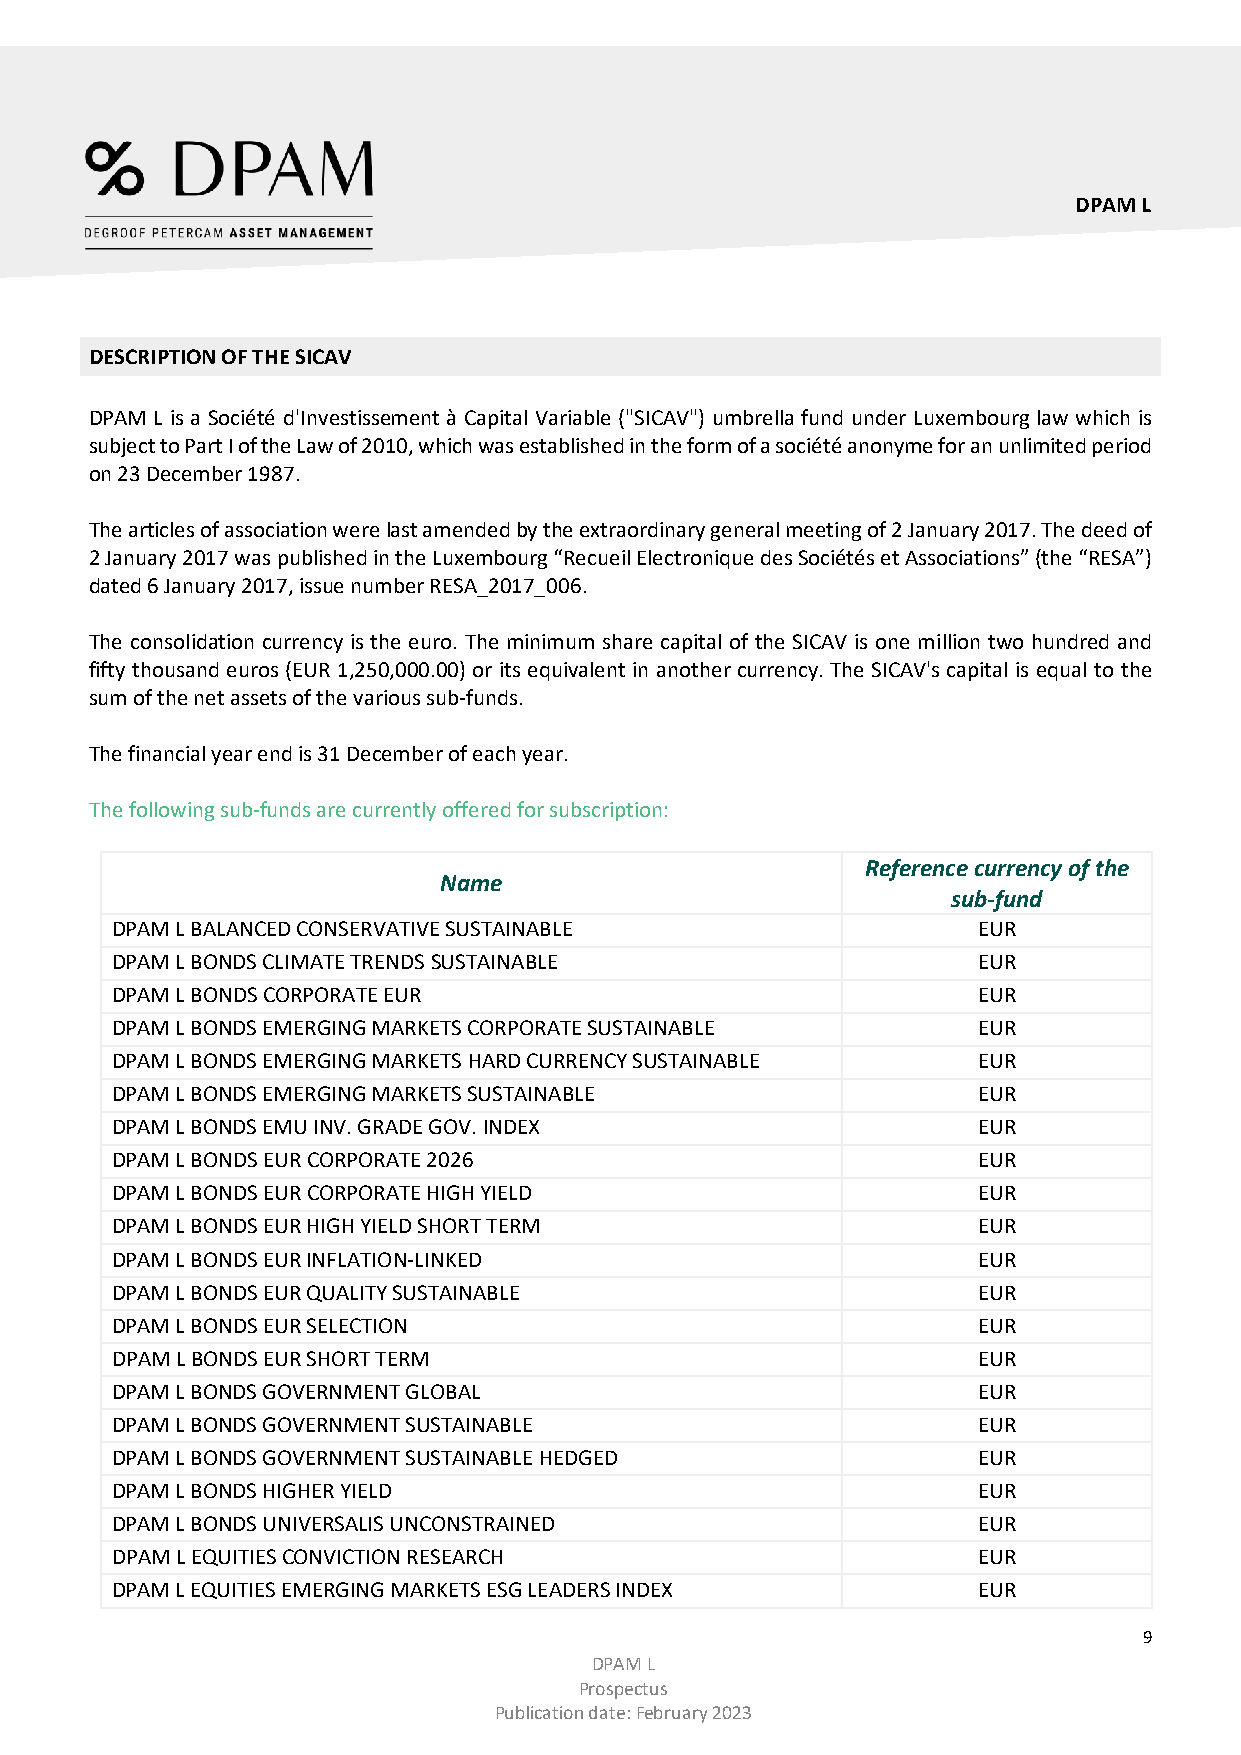
DPAM L
 DESCRIPTION OF THE SICAV
 DPAM L is a Société d'Investissement à Capital Variable ("SICAV") umbrella fund under Luxembourg law which is
 subject to Part I of the Law of 2010, which was established in the form of a société anonyme for an unlimited period
 on 23 December 1987.
 The articles of association were last amended by the extraordinary general meeting of 2 January 2017. The deed of
 2 January 2017 was published in the Luxembourg “Recueil Electronique des Sociétés et Associations” (the “RESA”)
 dated 6 January 2017, issue number RESA_2017_006.
 The consolidation currency is the euro. The minimum share capital of the SICAV is one million two hundred and
 fifty thousand euros (EUR 1,250,000.00) or its equivalent in another currency. The SICAV's capital is equal to the
 sum of the net assets of the various sub-funds.
 The financial year end is 31 December of each year.
 The following sub-funds are currently offered for subscription:
 Reference currency of the
 Name
 sub-fund
 DPAM L BALANCED CONSERVATIVE SUSTAINABLE                  EUR
 DPAM L BONDS CLIMATE TRENDS SUSTAINABLE                   EUR
 DPAM L BONDS CORPORATE EUR                                EUR
 DPAM L BONDS EMERGING MARKETS CORPORATE SUSTAINABLE       EUR
 DPAM L BONDS EMERGING MARKETS HARD CURRENCY SUSTAINABLE   EUR
 DPAM L BONDS EMERGING MARKETS SUSTAINABLE                 EUR
 DPAM L BONDS EMU INV. GRADE GOV. INDEX                    EUR
 DPAM L BONDS EUR CORPORATE 2026                           EUR
 DPAM L BONDS EUR CORPORATE HIGH YIELD                     EUR
 DPAM L BONDS EUR HIGH YIELD SHORT TERM                    EUR
 DPAM L BONDS EUR INFLATION-LINKED                         EUR
 DPAM L BONDS EUR QUALITY SUSTAINABLE                      EUR
 DPAM L BONDS EUR SELECTION                                EUR
 DPAM L BONDS EUR SHORT TERM                               EUR
 DPAM L BONDS GOVERNMENT GLOBAL                            EUR
 DPAM L BONDS GOVERNMENT SUSTAINABLE                       EUR
 DPAM L BONDS GOVERNMENT SUSTAINABLE HEDGED                EUR
 DPAM L BONDS HIGHER YIELD                                 EUR
 DPAM L BONDS UNIVERSALIS UNCONSTRAINED                    EUR
 DPAM L EQUITIES CONVICTION RESEARCH                       EUR
 DPAM L EQUITIES EMERGING MARKETS ESG LEADERS INDEX        EUR
 9
 DPAM L
 Prospectus
 Publication date: February 2023